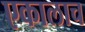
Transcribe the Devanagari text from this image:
एकालाच